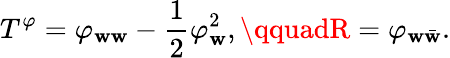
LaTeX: T^{\varphi}=\varphi_{\mathbf{w}\mathbf{w}}-{\frac{{1}}{{2}}}\varphi_{\mathbf{w}}^{2},\qquadR=\varphi_{\mathbf{w}\bar{{\mathbf{w}}}}.